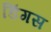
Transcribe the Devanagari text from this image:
डिंगस